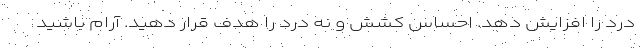
درد را افزایش دهد. احساس کشش و نه درد را هدف قرار دهید. آرام باشید